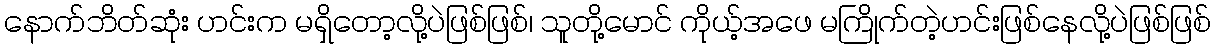
နောက်ဘိတ်ဆုံး ဟင်းက မရှိတော့လို့ပဲဖြစ်ဖြစ်၊ သူတို့မောင် ကိုယ့်အဖေ မကြိုက်တဲ့ဟင်းဖြစ်နေလို့ပဲဖြစ်ဖြစ်